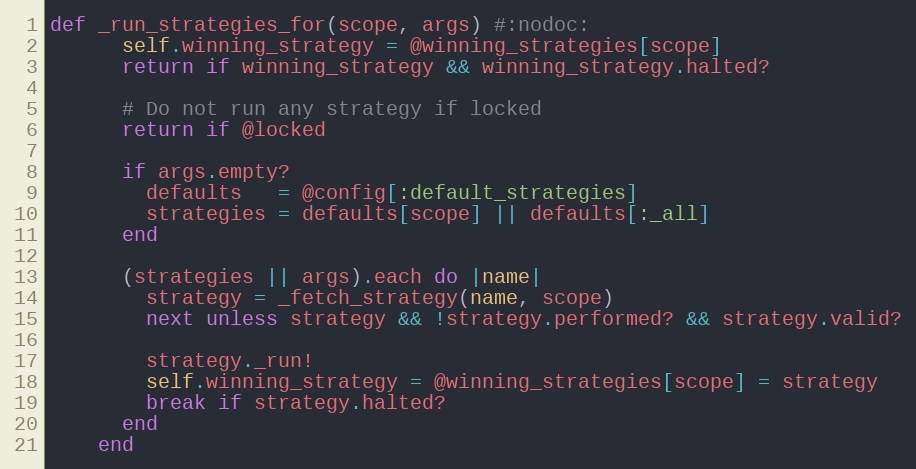
Language: Ruby
def _run_strategies_for(scope, args) #:nodoc:
      self.winning_strategy = @winning_strategies[scope]
      return if winning_strategy && winning_strategy.halted?

      # Do not run any strategy if locked
      return if @locked

      if args.empty?
        defaults   = @config[:default_strategies]
        strategies = defaults[scope] || defaults[:_all]
      end

      (strategies || args).each do |name|
        strategy = _fetch_strategy(name, scope)
        next unless strategy && !strategy.performed? && strategy.valid?

        strategy._run!
        self.winning_strategy = @winning_strategies[scope] = strategy
        break if strategy.halted?
      end
    end